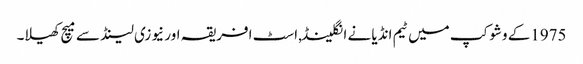
1975کے وشوکپ میں ٹیم انڈیا نے انگلینڈ,اسٹ افریقہ اور نیوزی لینڈ سے میچ کھیلا۔